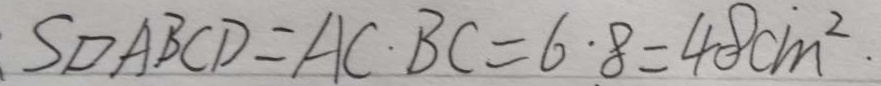
. S _ { \square A B C D } = A C \cdot B C = 6 \cdot 8 = 4 8 c m ^ { 2 } \cdot